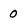
Character: 0